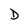
Character: D